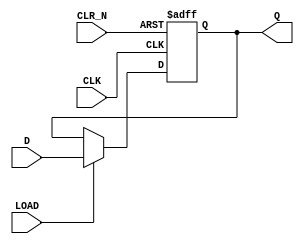
module n_bit_reg_async 
#(
    parameter N = 8
) 
(
    input CLK, CLR_N, LOAD,
    input [N-1:0] D, 
    output reg [N-1:0] Q
);

    always @(posedge CLK or negedge CLR_N) begin
        if(!CLR_N)
            Q <= 'b0;
        else if(LOAD) 
            Q <= D;
        else
            Q <= Q;
        
    end

endmodule